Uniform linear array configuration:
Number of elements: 4
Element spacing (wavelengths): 0.75
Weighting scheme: uniform
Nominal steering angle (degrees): -30
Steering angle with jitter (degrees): -29.294
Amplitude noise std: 0.05
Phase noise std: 0.05

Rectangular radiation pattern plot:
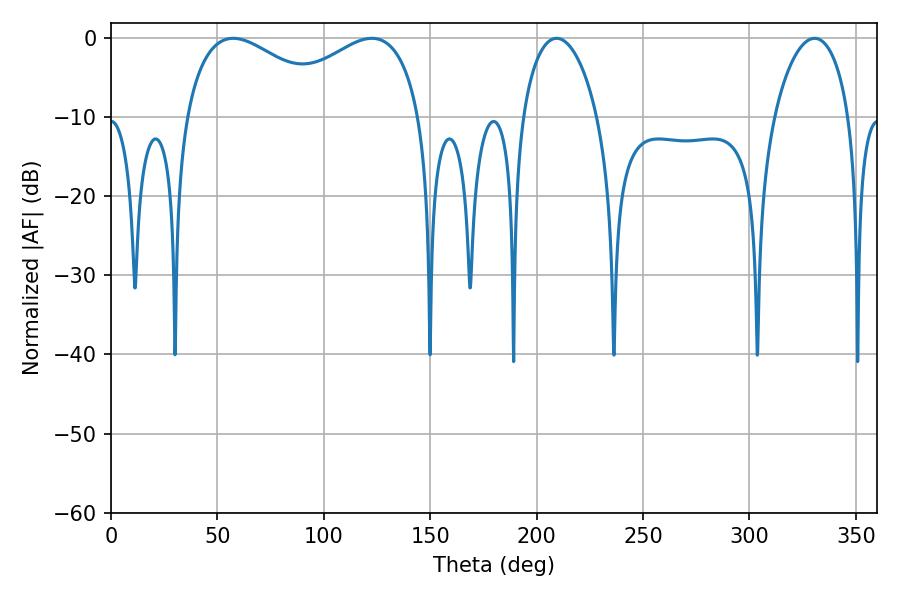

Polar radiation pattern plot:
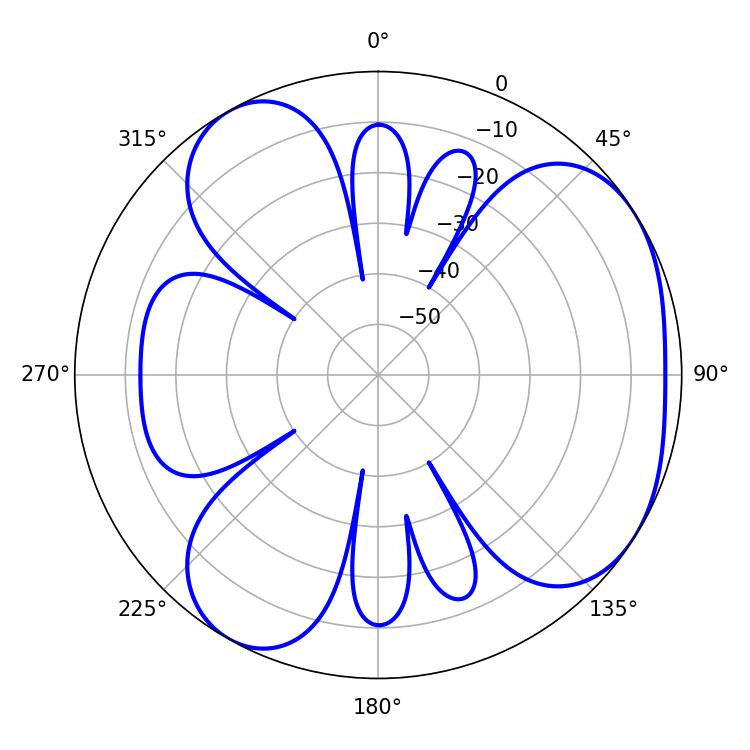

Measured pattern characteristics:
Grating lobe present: TRUE
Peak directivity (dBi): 4.504
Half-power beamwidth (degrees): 40.32
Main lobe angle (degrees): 122.58